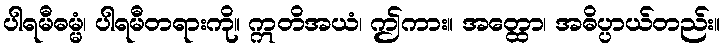
ပါရမီဓမ္မံ၊ ပါရမီတရားကို။ ဣတိအယံ၊ ဤကား။ အတ္ထော၊ အဓိပ္ပာယ်တည်း။